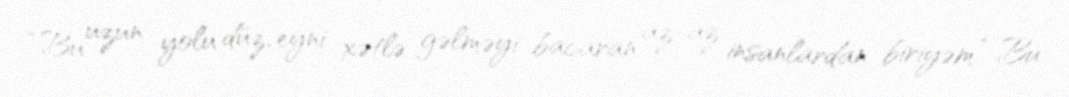
“Bu uzun yolu düz, eyni xətlə gəlməyi bacaran az-az insanlardan biriyəm” Bu